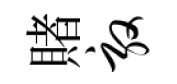
賭敦